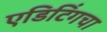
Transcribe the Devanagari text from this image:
एडिटिंगचा